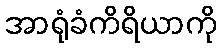
အာရုံခံကိရိယာကို